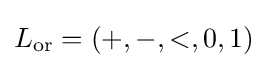
L_{\text{or}}=(+,-,<,0,1)